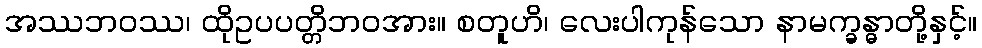
အဿဘဝဿ၊ ထိုဥပပတ္တိဘဝအား။ စတူဟိ၊ လေးပါကုန်သော နာမက္ခန္ဓာတို့နှင့်။